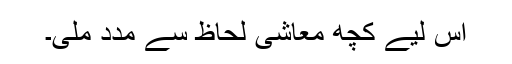
اس لیے کچھ معاشی لحاظ سے مدد ملی۔